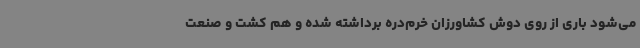
می‌شود باری از روی دوش کشاورزان خرم‌دره برداشته شده و هم کشت و صنعت